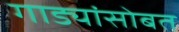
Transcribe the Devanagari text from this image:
गाड्यांसोबत